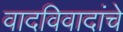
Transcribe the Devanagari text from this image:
वादविवादांचे